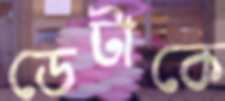
ডেটাকে